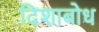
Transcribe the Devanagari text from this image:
दिशाबोध